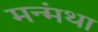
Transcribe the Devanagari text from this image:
मन्मंथा